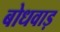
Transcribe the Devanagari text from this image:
बोधवाड़